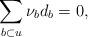
LaTeX: \begin{align*} \sum_{b\subset u} \nu_b d_b = 0, \end{align*}